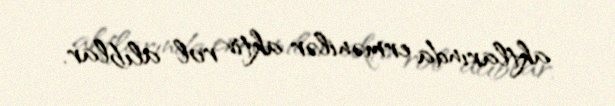
aktlarında ermənilər aktiv rol alıblar.